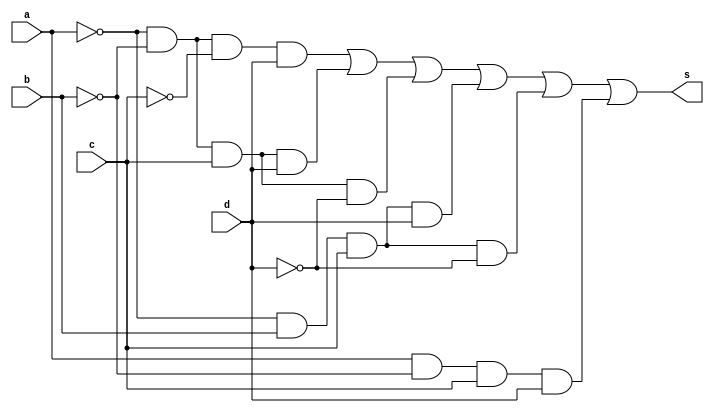
// ------------------------- 
// Correo da prova 
// Nome: Camila Guedes Silveira 
// ------------------------- 

module questaoC (output s, input a, input b, input c, input d);
	wire c1, c2, c3, c4, c5, c6;
	
	and AND1(c1,~a, ~b, ~c, d);
	and AND2(c2, ~a, ~b, c, d);
	and AND3(c3, ~a, ~b, c, ~d);
	and AND4(c4, ~a, b, c, d);
	and AND5(c5, ~a, b, c, ~d);
	and AND6(c6, a, ~b, c, d);
	
	or OR1(s, c1, c2, c3, c4, c5, c6);
	
endmodule // questaoC

module Teste;

	reg a;
	reg b;
	reg c;
	reg d;
	wire s;

	questaoC Teste (s,a,b,c,d);

	initial begin
		 a=0; b=0; c=0; d=0;
	end

	initial begin

		#1 $display ("Camila Guedes Silveira - 427393 ");
		#1 $display ("Questo C");
		#1 $display (" a | b | c | d | s0 ");
		$monitor   (" %b | %b | %b | %b |  %b ", a,b,c,d,s);
		   
    #1  a=0; b=0; c=0; d=1;
    #1  a=0; b=0; c=1; d=0; 
    #1  a=0; b=0; c=1; d=1; 
    #1  a=0; b=1; c=0; d=0; 
    #1  a=0; b=1; c=0; d=1; 
    #1  a=0; b=1; c=1; d=0; 
    #1  a=0; b=1; c=1; d=1; 
    #1  a=1; b=0; c=0; d=0; 
    #1  a=1; b=0; c=0; d=1;
    #1  a=1; b=0; c=1; d=0;
    #1  a=1; b=0; c=1; d=1;
    #1  a=1; b=1; c=0; d=0;
    #1  a=1; b=1; c=0; d=1;
    #1  a=1; b=1; c=1; d=0;
    #1  a=1; b=1; c=1; d=1; 
   



	end	
	endmodule